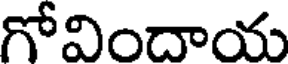
గోవిందాయ